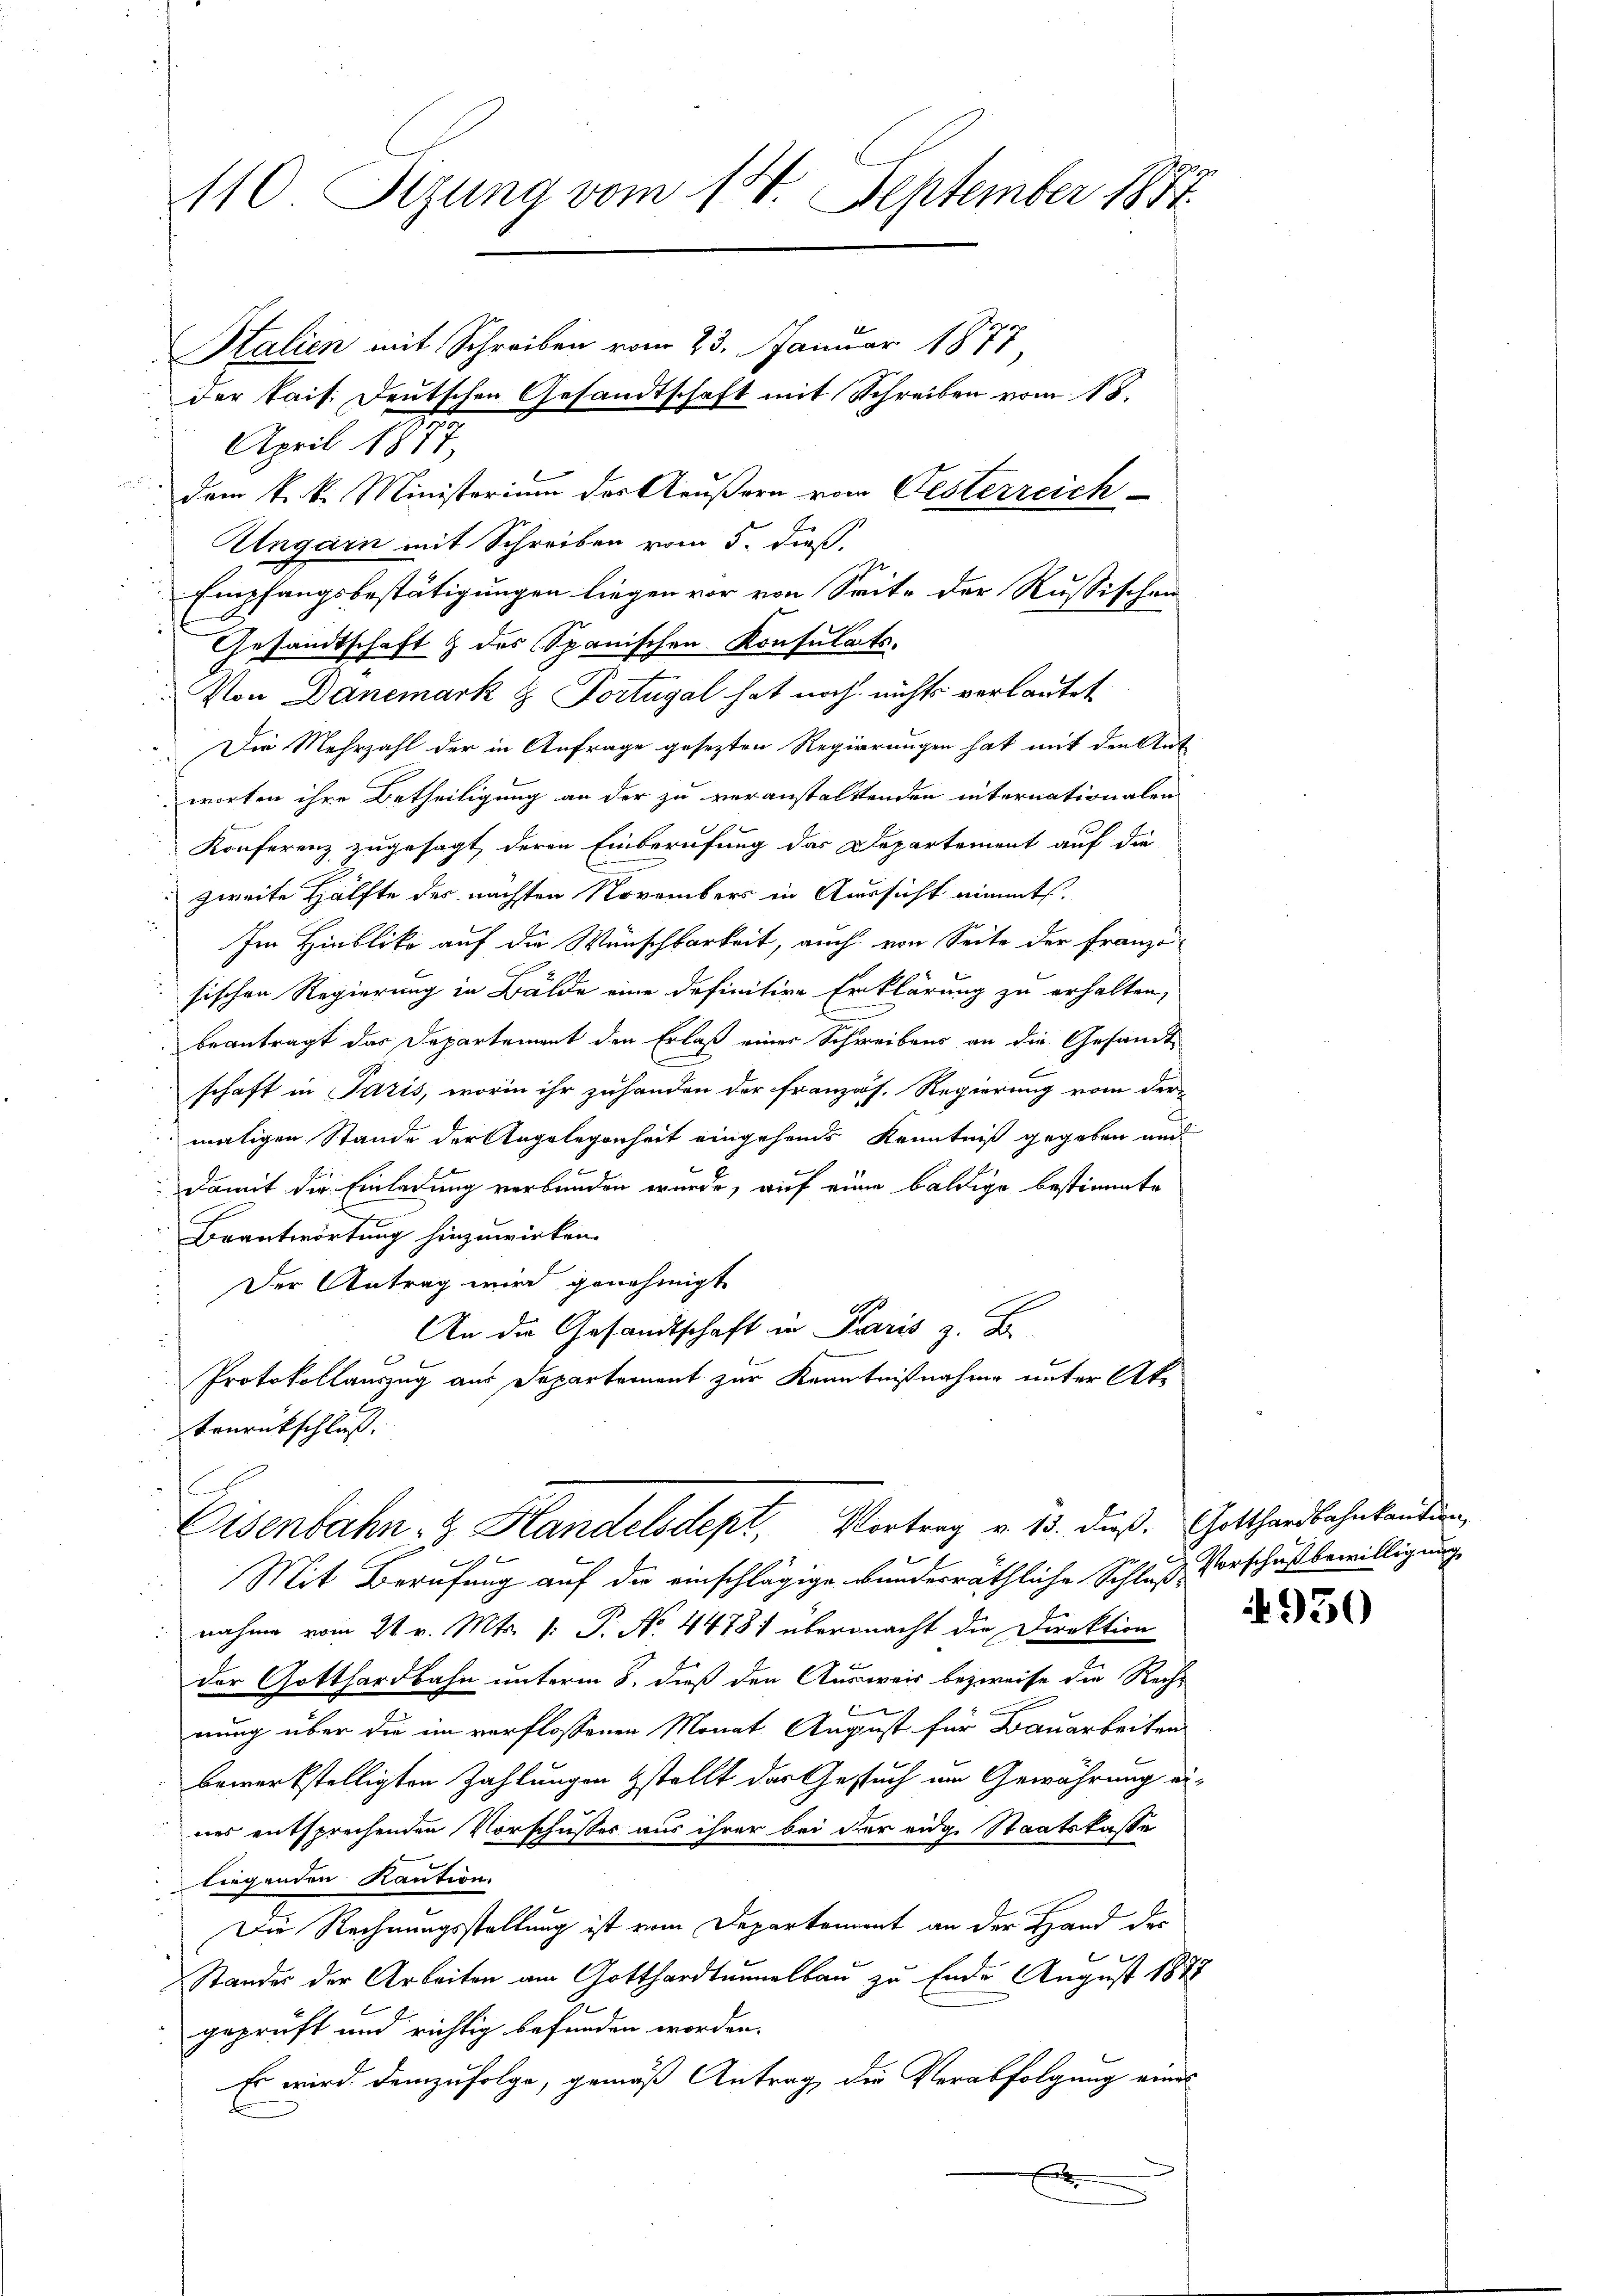
110 Sizung vom 15. September 1877.
Stalien mit Schreiben vom 23. Januar 1877
der kais. Deutschen Gesandtschaft mit Schreiben vom 18.
April 1877.
dem k. k. Ministerium des Aeußern vom Gesterreich
Ungarn mit Schreiben vom 5. dieß,
Empfangsbestätigungen liegen vor von Seite der Russischen

Gesandtschaft & des Spanischen Konsulats.
Von Dänemark & Fortugal hat noch nichts verlautet
Die Mehrzahl der in Anfrage gesezten Regierungen hat mit den Ant
worten ihre Betheiligung an der zu veranstaltenden internationalen
Konferenz zugesagt, deren Einberufung das Departement auf die
 zweite Hälfte der nächsten Novembers in Aussicht nimmt.
Im Hinblika auf die Wünschbarkeit, auch von Seite der Franzö-
sischen Regierung in Bälde eine definitive Erklärung zu erhalten,
E
beantragt das Departement den Erlaß einer Schreibens an die Gesandt-
schaft in Paris, worin ihr zuhanden der französ. Regierung vom der-
maligen Stande der Angelegenheit eingehends Kenntniß gegeben auch
Damit die Einladung verbunden wurde, auf eine baldige bestimmte

Brantwortung hinzuwirken.
Der Antrag wird genehmigt
An die Gesandtschaft in Paris z. B.
Protokollauszug aus Departement zur Kenntnißnahme unter Ak¬
Trurückschluß.
Eisenbahn- & Handelsdept, Vortrag v. 15. dieß. Gotthardbahnkandien
e
Mit Berufung auf der einschlägige Bundesräthliche Schluß Vorschuß bewilligung
nahme vom 21. v. Mts. 1: P. No. 4478) übermacht die Direktion
der Gotthardbahn unterm 8. dieß den Ausweis bezweife die Rechg
nung über die im verflossenen Monat August für Bauarbeiten
bewerkstelligten Zahlungen stellt das Gesuch am Gewährung eines entsprechenden Vorschußes aus ihrer bei der eidge Staatskasse
liegenden Kaution.
Die Rechnungsstellung ist vom Departement an der Hand der
Standes der Arbeiten am Gotthardtunnelbau zu Ende August 1878
geprüft und richtig befunden worden.
Es wird demzufolge, gemäß Antrag der Verabfolgung eines
f

4950